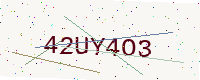
Text: 42UY4O3